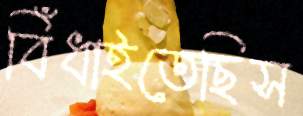
বিঁধাইতেছিস